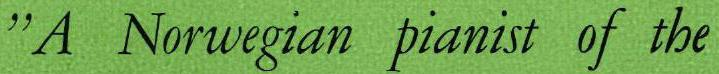
"A Norwegian pianist of the